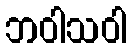
ဘဝါသဝါ